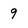
Character: 9